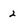
Character: 2